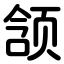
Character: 颔